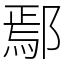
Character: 鄢